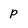
Character: P